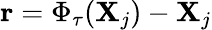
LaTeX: \mathbf{r}=\Phi_{\tau}(\mathbf{X}_{j})-\mathbf{X}_{j}